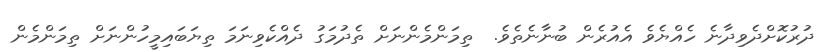
ދުރުކޮށްދެވިދާނެ ހެއްޔެވެ އެއުރެން ބުނާނެތެވެ.  ތިމަންމެންނަށް ތެދުމަގު ދެއްކެވިނަމަ ތިޔަބައިމީހުންނަށް ތިމަންމެން